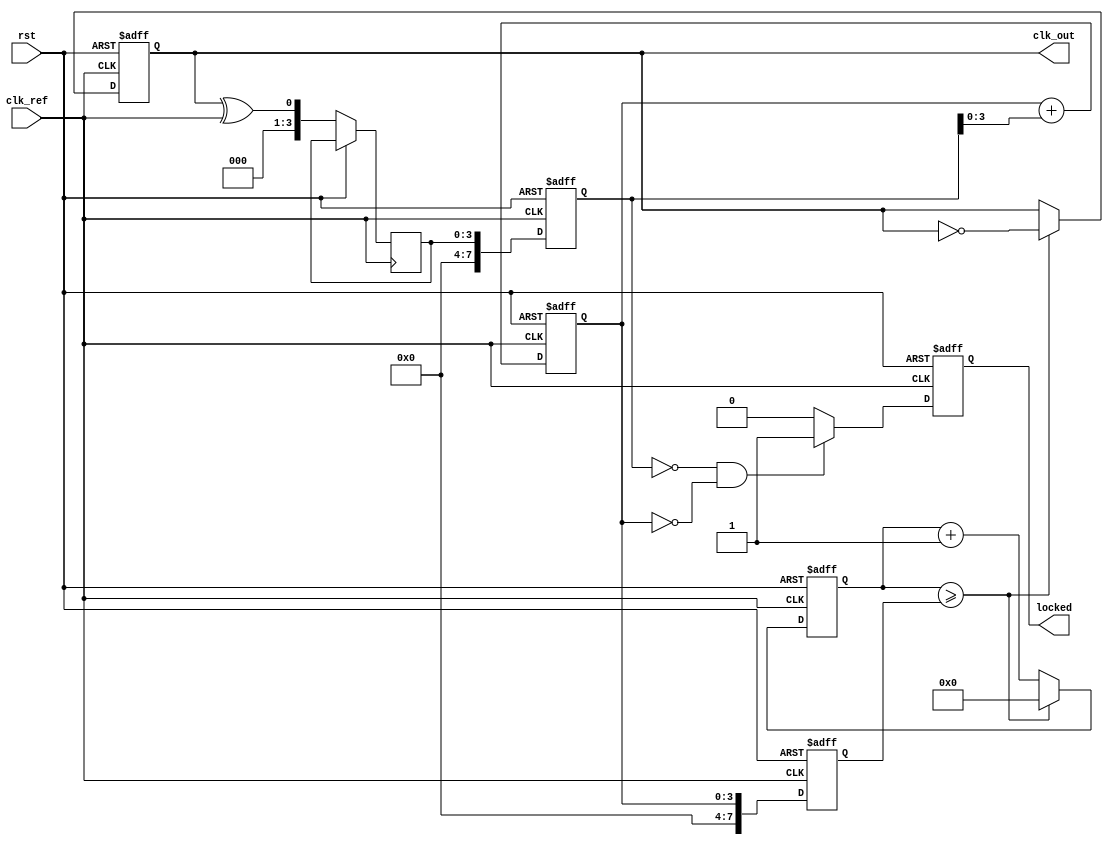
module adpll(
    input wire clk_ref,       // Reference clock input
    input wire rst,           // Reset signal
    output reg clk_out,       // Output clock signal
    output reg locked         // Lock status indicator
);

    // Parameters
    parameter PHASE_WIDTH = 8;
    parameter LOOP_FILTER_SIZE = 4; // Size of the loop filter
    parameter DCO_SIZE = 8;          // Size of the DCO frequency control

    // Internal signals
    reg [PHASE_WIDTH-1:0] phase_detector_out; // Phase detector output
    reg [LOOP_FILTER_SIZE-1:0] loop_filter_out; // Loop filter output
    reg [DCO_SIZE-1:0] dco_frequency;   // DCO frequency control
    reg [DCO_SIZE-1:0] dco_counter;      // DCO counter for frequency generation
    reg [3:0] state;                     // State for control logic
    reg [3:0] phase_error;               // Phase error signal

    // Simple Phase Detector (XOR)
    always @(posedge clk_ref or posedge rst) begin
        if (rst) begin
            phase_detector_out <= 0;
        end else begin
            phase_error <= clk_out ^ clk_ref; // Phase difference (simple detection)
            phase_detector_out <= phase_error; // Output as phase difference
        end
    end

    // Loop Filter Implementation (Simple accumulator as a low-pass filter)
    always @(posedge clk_ref or posedge rst) begin
        if (rst) begin
            loop_filter_out <= 0;
        end else begin
            loop_filter_out <= loop_filter_out + phase_detector_out; // Accumulated phase error
        end
    end

    // Digital Controlled Oscillator (DCO)
    always @(posedge clk_ref or posedge rst) begin
        if (rst) begin
            dco_frequency <= 0;
            dco_counter <= 0;
            clk_out <= 0;
            locked <= 0;
        end else begin
            // Update DCO frequency based on loop filter output
            dco_frequency <= loop_filter_out[3:0]; // Control DCO frequency
            // DCO frequency generation
            if (dco_counter >= dco_frequency) begin
                clk_out <= ~clk_out; // Toggle output
                dco_counter <= 0; // Reset counter
            end else begin
                dco_counter <= dco_counter + 1;
            end

            // Lock status logic (simple example)
            if (phase_detector_out == 0 && loop_filter_out == 0) begin
                locked <= 1; // Locked if phase error is zero
            end else begin
                locked <= 0; // Not locked
            end
        end
    end

endmodule